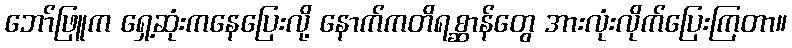
ဘော်ဖြူက ရှေ့ဆုံးကနေပြေးလို့ နောက်ကတိရစ္ဆာန်တွေ အားလုံးလိုက်ပြေးကြတာ။